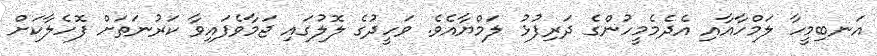
އަނބިމީހާ ލަމްހާއާއި އެދެމެމީހުންގެ ދަރިފުޅު ލަމްޔާއެވެ. ވަހީދުގެ ލޮލުގައި ޖަމާވެފައިވާ ކަރުނަތަށް ފޮހެލާކަށް